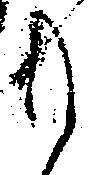
共